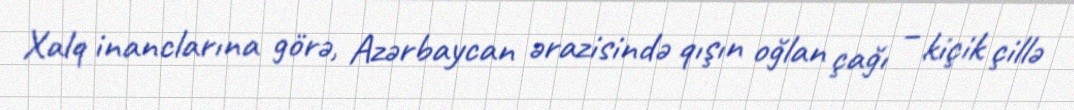
Xalq inanclarına görə, Azərbaycan ərazisində qışın oğlan çağı – kiçik çillə